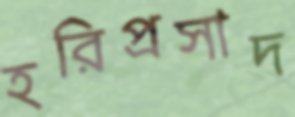
হরিপ্রসাদ